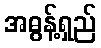
အဓွန့်ရှည်